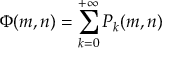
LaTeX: \Phi ( m , n ) = \sum _ { k = 0 } ^ { + \infty } P _ { k } ( m , n )